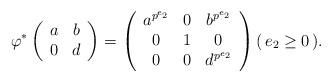
LaTeX: \begin{align*}\varphi^*\left(\begin{array}{c c} a & b \\ 0 & d \end{array}\right) & =\left(\begin{array}{c c c} a^{p^{e_2}} & 0 & b^{p^{e_2}} \\ 0 & 1 & 0 \\ 0 & 0 & d^{p^{e_2}} \end{array} \right) ( \, e_2 \geq 0 \, ) . \end{align*}